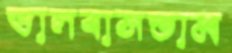
ভালবাসতাম